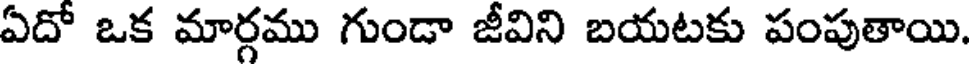
ఏదో ఒక మార్గము గుండా జీవిని బయటకు పంపుతాయి.